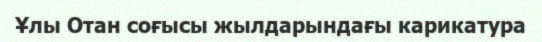
Ұлы Отан соғысы жылдарындағы карикатура